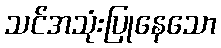
သင်အသုံးပြုနေသော